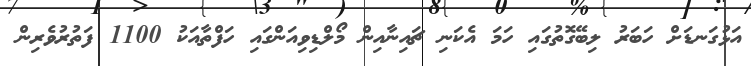
އަޅުގަނޑަށް ހަބަރު ލިބޭގޮތުގައި ހަމަ އެކަނި ޗައިނާއިން މޯލްޑިވިއަންގައި ހަފްތާއަކު 1100 ފަތުރުވެރިން